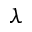
\lambda